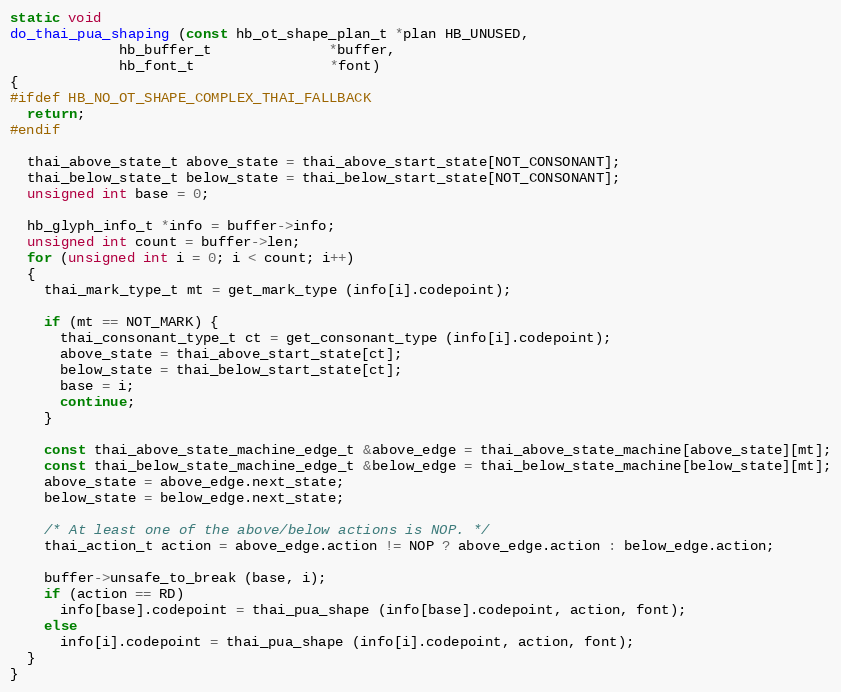
Language: C++
static void
do_thai_pua_shaping (const hb_ot_shape_plan_t *plan HB_UNUSED,
		     hb_buffer_t              *buffer,
		     hb_font_t                *font)
{
#ifdef HB_NO_OT_SHAPE_COMPLEX_THAI_FALLBACK
  return;
#endif

  thai_above_state_t above_state = thai_above_start_state[NOT_CONSONANT];
  thai_below_state_t below_state = thai_below_start_state[NOT_CONSONANT];
  unsigned int base = 0;

  hb_glyph_info_t *info = buffer->info;
  unsigned int count = buffer->len;
  for (unsigned int i = 0; i < count; i++)
  {
    thai_mark_type_t mt = get_mark_type (info[i].codepoint);

    if (mt == NOT_MARK) {
      thai_consonant_type_t ct = get_consonant_type (info[i].codepoint);
      above_state = thai_above_start_state[ct];
      below_state = thai_below_start_state[ct];
      base = i;
      continue;
    }

    const thai_above_state_machine_edge_t &above_edge = thai_above_state_machine[above_state][mt];
    const thai_below_state_machine_edge_t &below_edge = thai_below_state_machine[below_state][mt];
    above_state = above_edge.next_state;
    below_state = below_edge.next_state;

    /* At least one of the above/below actions is NOP. */
    thai_action_t action = above_edge.action != NOP ? above_edge.action : below_edge.action;

    buffer->unsafe_to_break (base, i);
    if (action == RD)
      info[base].codepoint = thai_pua_shape (info[base].codepoint, action, font);
    else
      info[i].codepoint = thai_pua_shape (info[i].codepoint, action, font);
  }
}